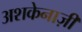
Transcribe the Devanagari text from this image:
अशकेनाज़ी